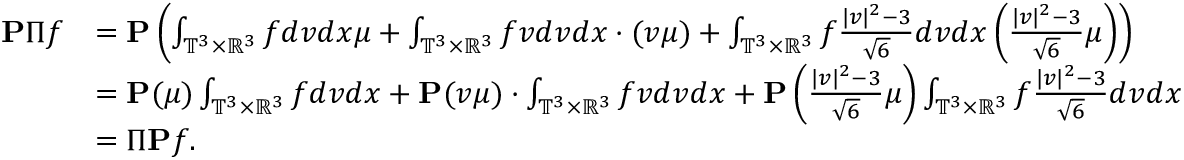
\begin{array} { r l } { \mathbf { P } \Pi f } & { = \mathbf { P } \left( \int _ { \mathbb { T } ^ { 3 } \times \mathbb { R } ^ { 3 } } f d v d x \mu + \int _ { \mathbb { T } ^ { 3 } \times \mathbb { R } ^ { 3 } } f v d v d x \cdot ( v \mu ) + \int _ { \mathbb { T } ^ { 3 } \times \mathbb { R } ^ { 3 } } f \frac { | v | ^ { 2 } - 3 } { \sqrt { 6 } } d v d x \left( \frac { | v | ^ { 2 } - 3 } { \sqrt { 6 } } \mu \right) \right) } \\ & { = \mathbf { P } ( \mu ) \int _ { \mathbb { T } ^ { 3 } \times \mathbb { R } ^ { 3 } } f d v d x + \mathbf { P } ( v \mu ) \cdot \int _ { \mathbb { T } ^ { 3 } \times \mathbb { R } ^ { 3 } } f v d v d x + \mathbf { P } \left( \frac { | v | ^ { 2 } - 3 } { \sqrt { 6 } } \mu \right) \int _ { \mathbb { T } ^ { 3 } \times \mathbb { R } ^ { 3 } } f \frac { | v | ^ { 2 } - 3 } { \sqrt { 6 } } d v d x } \\ & { = \Pi \mathbf { P } f . } \end{array}